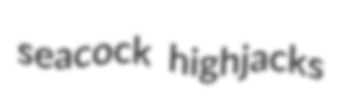
seacock highjacks